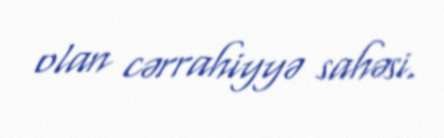
olan cərrahiyyə sahəsi.